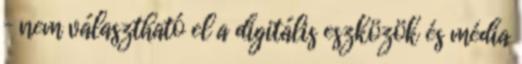
– nem választható el a digitális eszközök és média